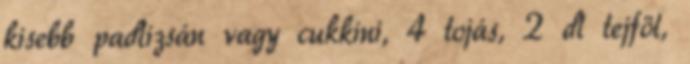
kisebb padlizsán vagy cukkini, 4 tojás, 2 dl tejföl,